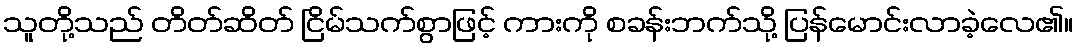
သူတို့သည် တိတ်ဆိတ် ငြိမ်သက်စွာဖြင့် ကားကို စခန်းဘက်သို့ ပြန်မောင်းလာခဲ့လေ၏။